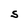
Character: S